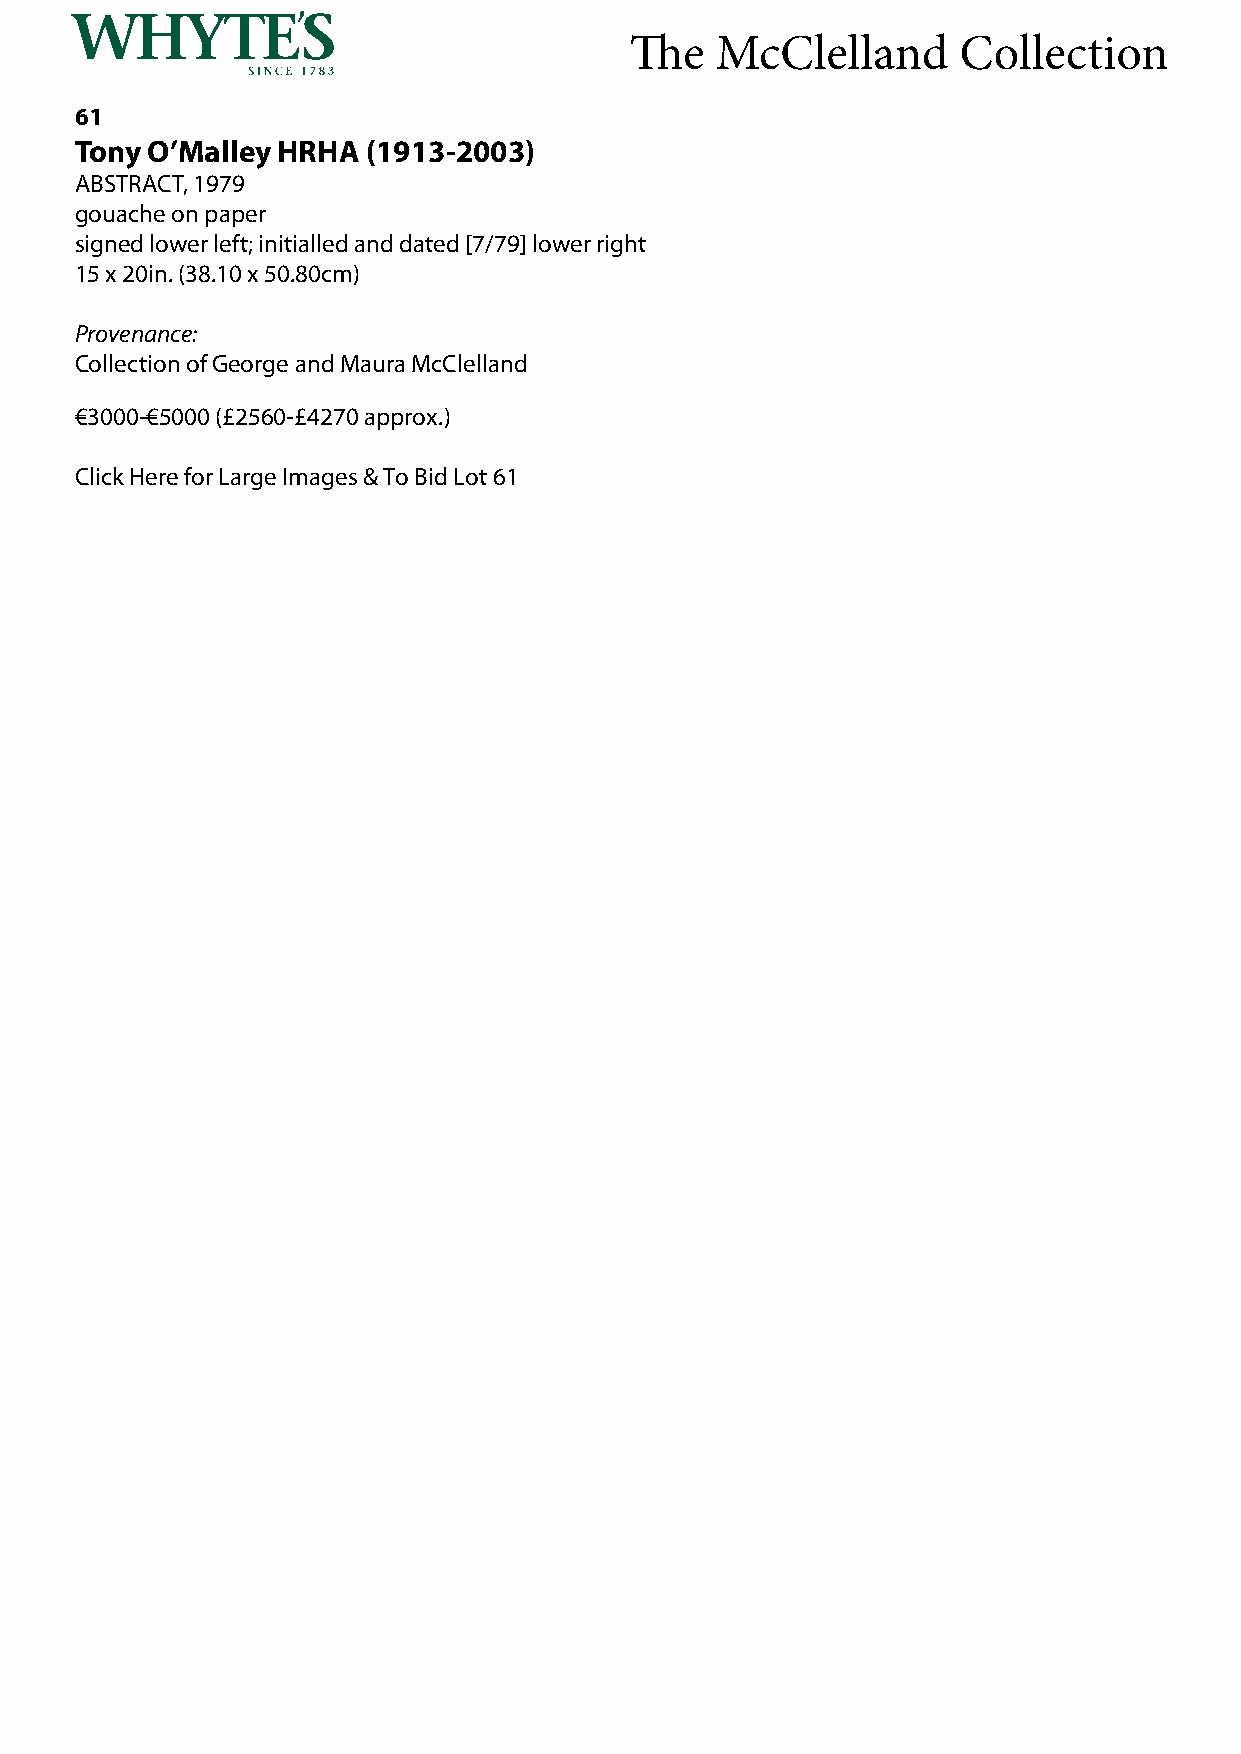
The  McClelland      Collection
 61
 Tony O’Malley HRHA (1913-2003)
 ABSTRACT, 1979
 gouache on paper
 signed lower left; initialled and dated [7/79] lower right
 15 x 20in. (38.10 x 50.80cm)
 Provenance:
 Collection of George and Maura McClelland
 €3000-€5000 (£2560-£4270 approx.)
 Click Here for Large Images & To Bid Lot 61